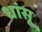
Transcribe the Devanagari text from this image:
धांसू